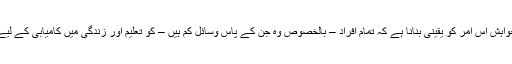
ریاستہائے متحدہ امریکا میں، اس کی خواہش اس امر کو یقینی بنانا ہے کہ تمام افراد – بالخصوص وہ جن کے پاس وسائل کم ہیں – کو تعلیم اور زندگی میں کامیابی کے لیے ضروری مواقع تک رسائی حاصل ہو۔